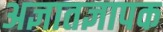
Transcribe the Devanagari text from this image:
अज्ञातज्ञापक